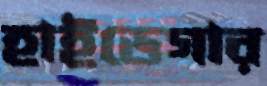
হাইডেগার